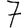
Digit: 7